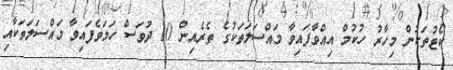
ކޯޓުތަކުން މިހާރު ހުކުމް އިއްވާފައިވާ މައްސަލަތަކުގެ ތެރެއިން 10 ދުވަސް ހަމަވެފައިވާ މައްސަލަތަކާއި